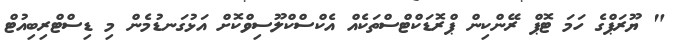
" ޔޫރަޕްގެ ހަމަ ޓޮޕް ރޭންކިން ޕްރޮޑަކްޓްސްތަކެއް އެކްސްކްލޫސިވްކޮށް އަޅުގަނޑުމެން މި ޑިސްޓްރިބިއުޓް